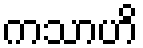
ကသာဟိ